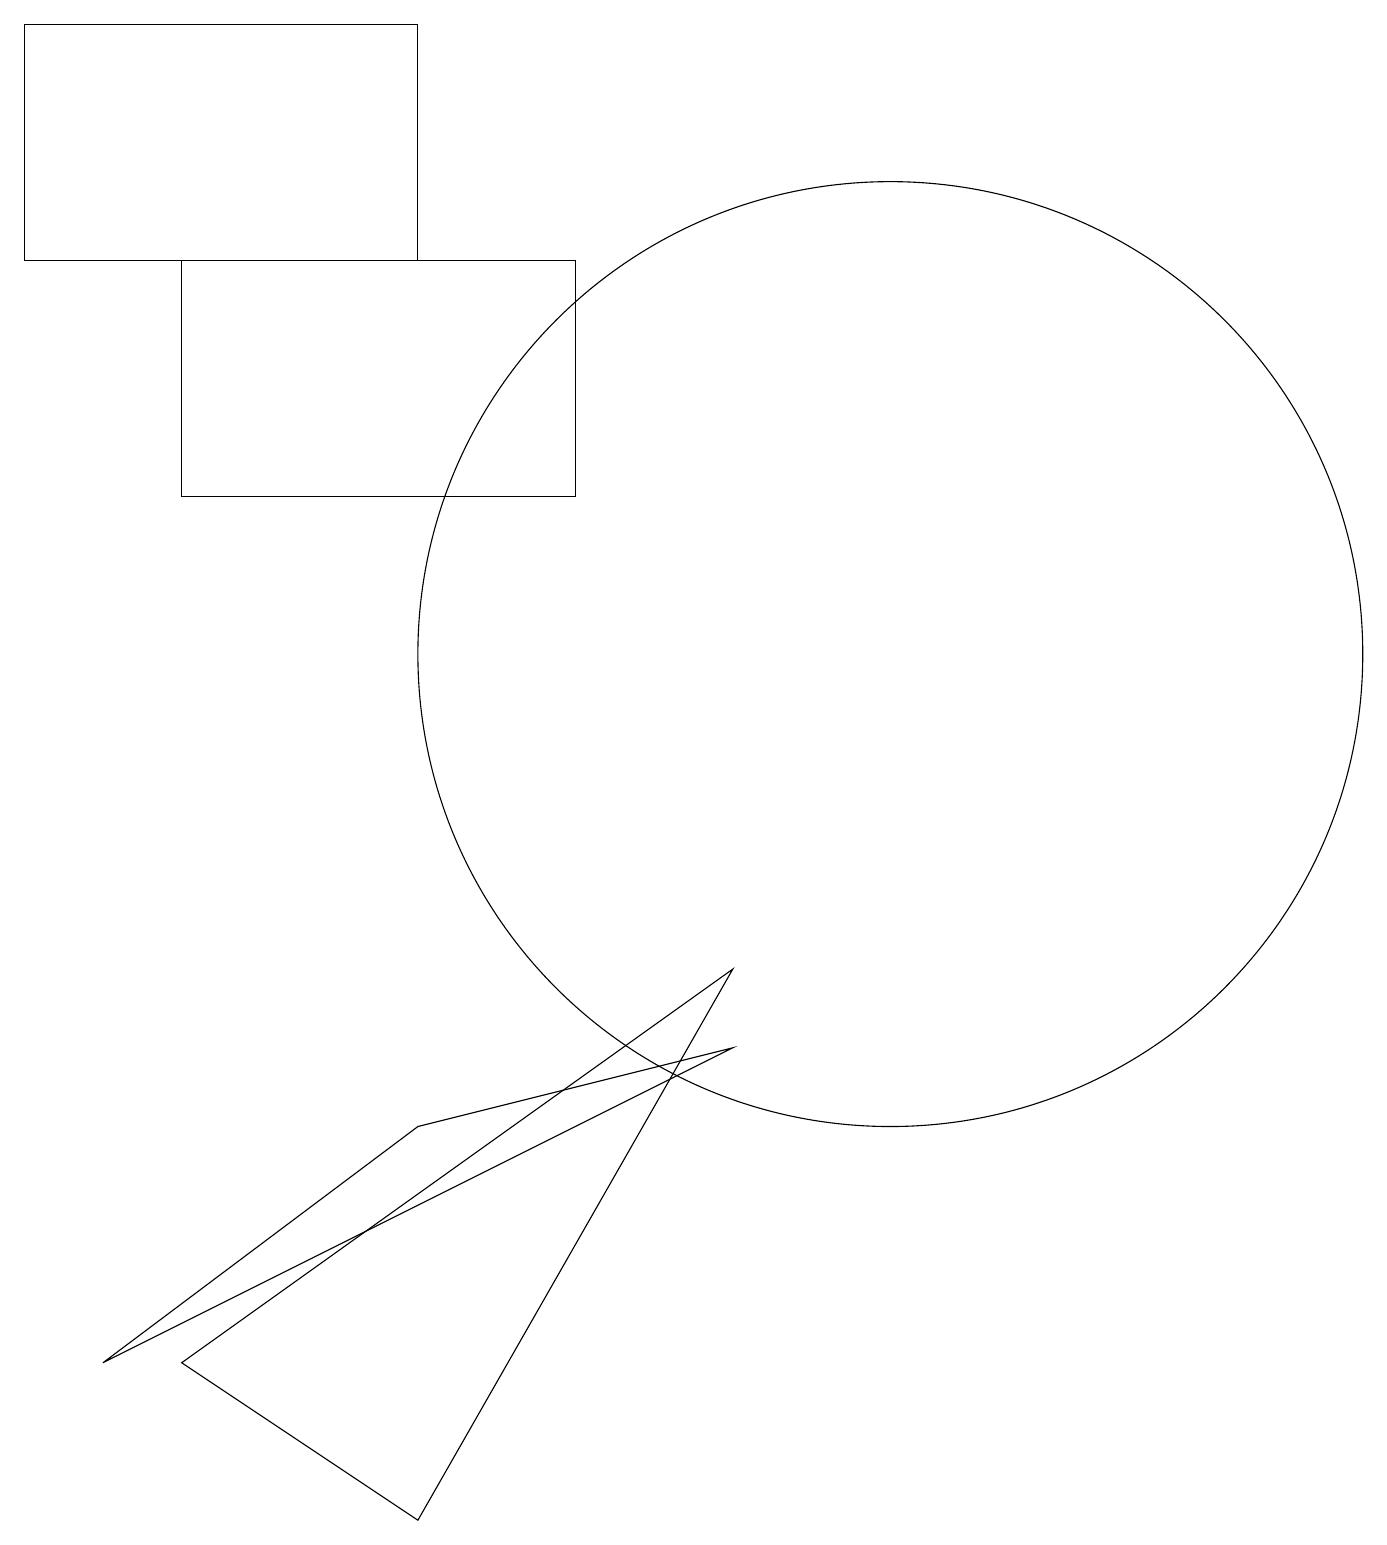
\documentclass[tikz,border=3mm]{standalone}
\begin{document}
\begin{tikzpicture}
\draw (5,16) rectangle (0,19);
\draw (2,16) rectangle (7,13);
\draw (9,6) -- (1,2) -- (5,5) -- cycle;
\draw (9,7) -- (2,2) -- (5,0) -- cycle;
\draw (11,11) circle (6);
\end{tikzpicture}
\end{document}